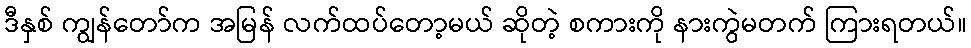
ဒီနှစ် ကျွန်တော်က အမြန် လက်ထပ်တော့မယ် ဆိုတဲ့ စကားကို နားကွဲမတက် ကြားရတယ်။